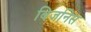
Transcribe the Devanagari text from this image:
बिजनिस